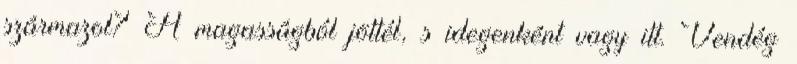
származol? A magasságból jöttél, s idegenként vagy itt. Vendég